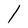
Character: l